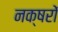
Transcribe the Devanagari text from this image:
नक्षरों